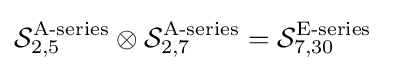
{\mathcal {S}}_{2,5}^{\text{A-series}}\otimes {\mathcal {S}}_{2,7}^{\text{A-series}}={\mathcal {S}}_{7,30}^{\text{E-series}}\